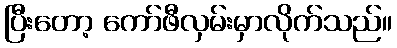
ပြီးတော့ ကော်ဖီလှမ်းမှာလိုက်သည်။